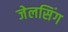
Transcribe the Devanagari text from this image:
जेलसिंग